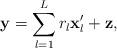
LaTeX: \begin{align*}\mathbf y= \sum_{l=1}^{L} r_l\mathbf x'_l + \mathbf z,\end{align*}